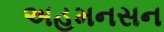
અહમનસન